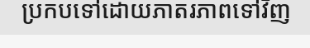
ប្រកបទៅដោយភាតរភាពទៅវិញ